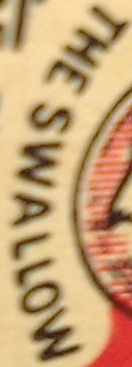
THE SWALLOW